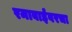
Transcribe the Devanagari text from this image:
रमाबाईंवरचा